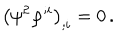
\big ( \psi ^ { 2 } \varphi ^ { ; i } \big ) _ { ; i } = 0 \, .